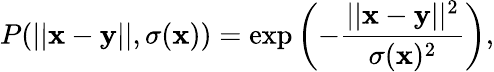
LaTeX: P(||\mathbf x-\mathbf y||,\sigma(\mathbf x))=\exp\left(-\frac{||\mathbf x-\mathbf y||^{2}}{\sigma(\mathbf x)^{2}}\right),